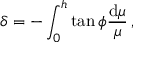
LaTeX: \delta = - \int _ { 0 } ^ { h } { \tan \phi { \frac { { \mathrm { d } } \mu } { \mu } } } \, ,